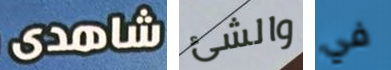
شاهدى والشئ في